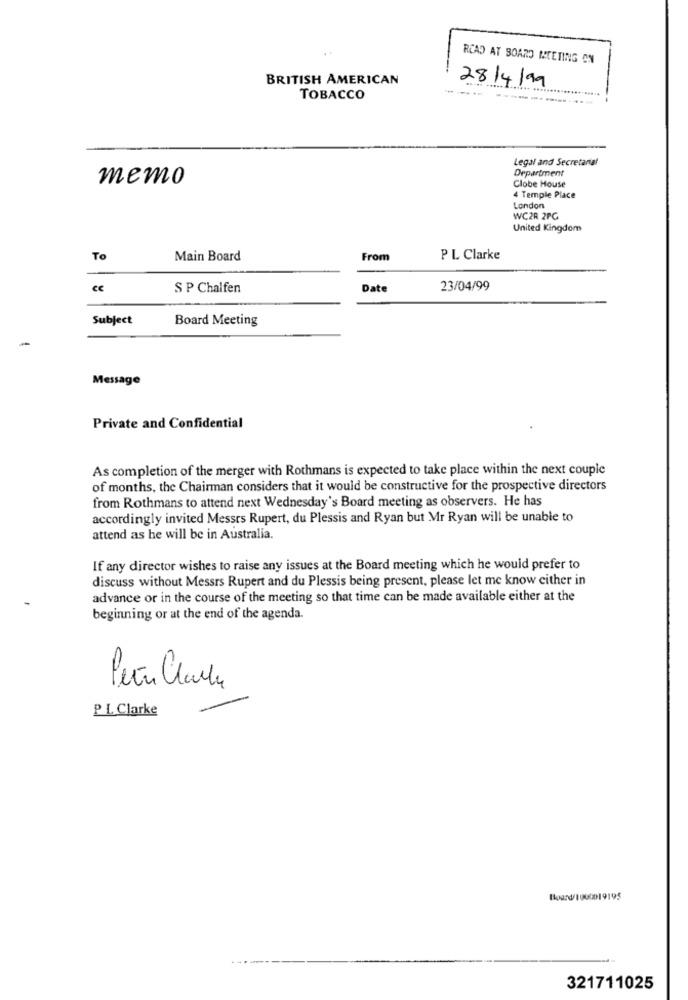
READ AT BOARD MEETING ON
BRITISH AMERICAN
28/4/99
.... .....
TOBACCO
Legal and Secretarial
Department
memo
Clobe House
4 Temple Place
London
WC2R 2PG
United Kingdom
To
Main Board
From
P L Clarke
ce
S P Chalfen
Date
23/04/99
Subject
Board Meeting
Message
Private and Confidential
As completion of the merger with Rothmans is expected to take place within the next couple
of months, the Chairman considers that it would be constructive for the prospective directors
from Rothmans to attend next Wednesday's Board meeting as observers. He has
accordingly invited Messrs Rupert, du Plessis and Ryan but Mr Ryan will be unable to
attend as he will be in Australia.
If any director wishes to raise any issues at the Board meeting which he would prefer to
discuss without Messrs Rupert and du Plessis being present, please let me know either in
advance or in the course of the meeting so that time can be made available either at the
beginning or at the end of the agenda.
Peer Clara
P. L Clarke
Board/1000019195
-----
321711025